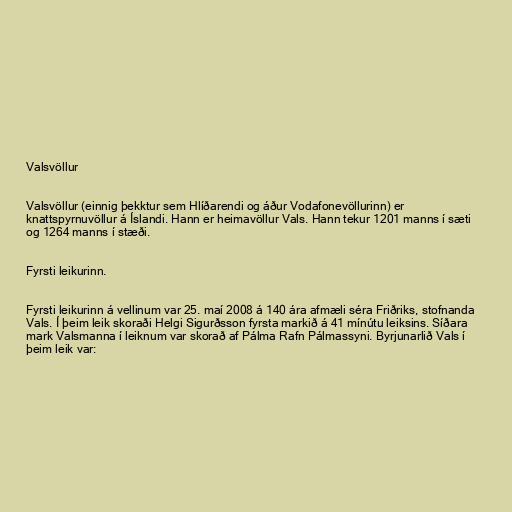
Valsvöllur

Valsvöllur (einnig þekktur sem Hlíðarendi og áður Vodafonevöllurinn) er
knattspyrnuvöllur á Íslandi. Hann er heimavöllur Vals. Hann tekur 1201 manns í sæti
og 1264 manns í stæði.

Fyrsti leikurinn.

Fyrsti leikurinn á vellinum var 25. maí 2008 á 140 ára afmæli séra Friðriks, stofnanda
Vals. Í þeim leik skoraði Helgi Sigurðsson fyrsta markið á 41 mínútu leiksins. Síðara
mark Valsmanna í leiknum var skorað af Pálma Rafn Pálmassyni. Byrjunarlið Vals í
þeim leik var: